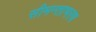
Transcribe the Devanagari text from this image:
सीमन्ताभरण